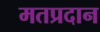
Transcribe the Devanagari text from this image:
मतप्रदान